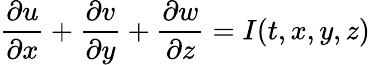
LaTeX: \frac{\partial u}{\partial x}+\frac{\partial v}{\partial y}+\frac{\partial w}{\partial z}=I(t,x,y,z)